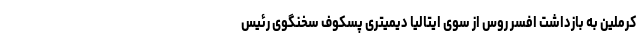
کرملین به بازداشت افسر روس از سوی ایتالیا دیمیتری پسکوف سخنگوی رئیس